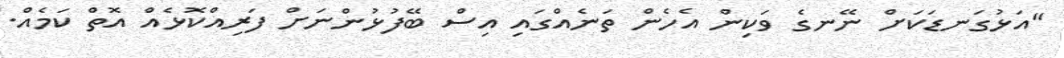
"އަޅުގަނޑަކަށް ނޭނގެ ވަކިން އެހެން ތަނެއްގައި އިސް ބޭފުޅުންނަށް ފަރިއްކޮޅެއް އޮތް ކަމެއް.